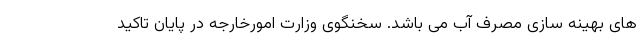
های بهینه سازی مصرف آب می باشد. سخنگوی وزارت امورخارجه در پایان تاکید